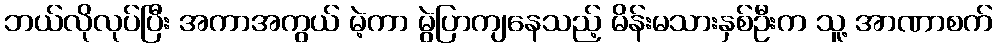
ဘယ်လိုလုပ်ပြီး အကာအကွယ် မဲ့ကာ မွဲပြာကျနေသည့် မိန်းမသားနှစ်ဦးက သူ့ အာဏာစက်